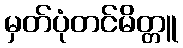
မှတ်ပုံတင်မိတ္တူ